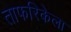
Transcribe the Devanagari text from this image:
ताफरिकेला